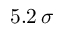
{ 5 . 2 \, \sigma }